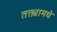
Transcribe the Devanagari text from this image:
तक्त्यामधे